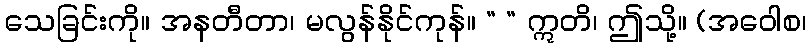
သေခြင်းကို။ အနတီတာ၊ မလွန်နိုင်ကုန်။ “ “ ဣတိ၊ ဤသို့။ (အဝေါစ၊